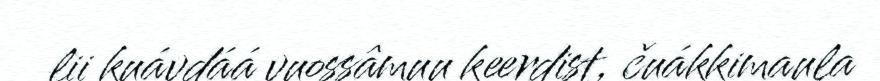
lii kuávdáá vuossâmuu keerdist, čuákkimaula